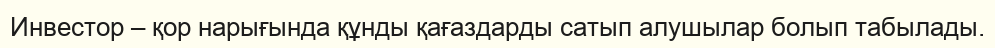
Инвестор – қор нарығында құнды қағаздарды сатып алушылар болып табылады.